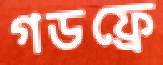
গডফ্রে